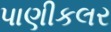
પાણીકલર